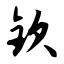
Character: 钦